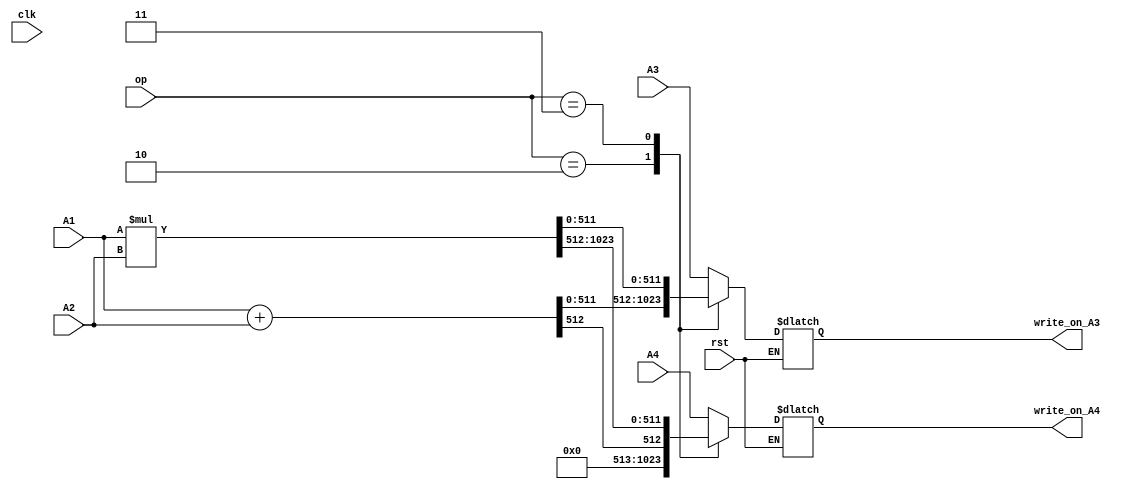
module alu(
    input clk,
    input rst,
    input [511:0] A1,
    input [511:0] A2,
    input [511:0] A3,
    input [511:0] A4,
    input [1:0] op,
    output reg [511:0] write_on_A3,
    output reg [511:0] write_on_A4
);
    always @(clk) begin
        if(rst) begin
            case (op)
                2'b10: begin
                    {write_on_A4, write_on_A3} <= A1 + A2;
                end
                2'b11: begin
                    {write_on_A4, write_on_A3} <= A1 * A2;
                end
                default: begin
                    write_on_A3 <= A3;
                    write_on_A4 <= A4;
                end
            endcase
        end
        
    end
endmodule